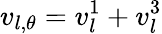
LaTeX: v_{l,\theta}=v_{l}^{1}+v_{l}^{3}